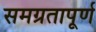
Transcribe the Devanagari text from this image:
समग्रतापूर्ण